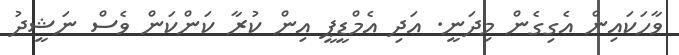
ވާހަކައިން އެގިގެން މިދަނީ. އަދި އެމްޑީޕީ އިން ކުރާ ކަންކަން ވެސް ނަޝީދު